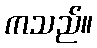
ကသည်။